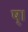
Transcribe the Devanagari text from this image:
ष्।